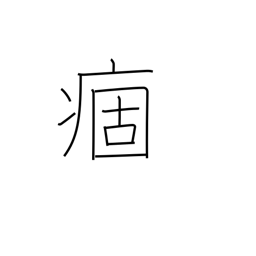
Meaning: chronic illness